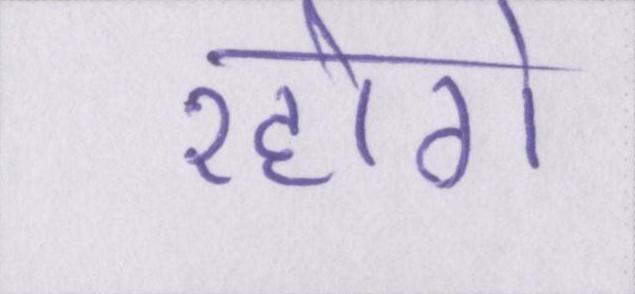
रहोगे